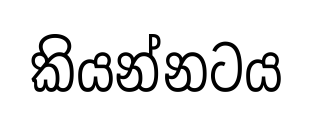
කියන්නටය